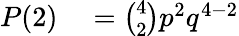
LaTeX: \begin{array}{rl}{P(2)}&{{}={\binom{4}{2}}p^{2}q^{4-2}}\end{array}